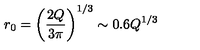
r _ { 0 } = \left( \frac { 2 Q } { 3 \pi } \right) ^ { 1 / 3 } \sim 0 . 6 Q ^ { 1 / 3 }